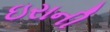
ઇરાની